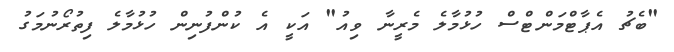
"ބެޗު އެޕާޓްމަންޓްސް ހުޅުމާލެ މެރީނާ ވިއު" އަކީ އެ ކުންފުނިން ހުޅުމާލެ ފިތުރޯނުމަގު